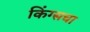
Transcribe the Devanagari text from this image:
किंग्सचा